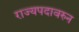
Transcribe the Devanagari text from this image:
राज्यपदावरुन